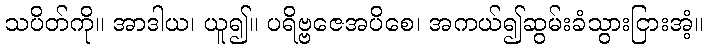
သပိတ်ကို။ အာဒါယ၊ ယူ၍။ ပရိဗ္ဗဇေအပိစေ၊ အကယ်၍ဆွမ်းခံသွားငြားအံ့။